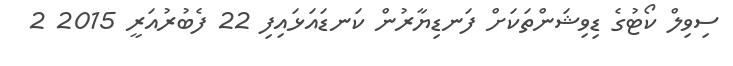
ސިވިލް ކޯޓުގެ ޑިވިޝަންތަކަށް ފަނޑިޔާރުން ކަނޑައަޅައިފި 22 ފެބުރުއަރީ 2015 2